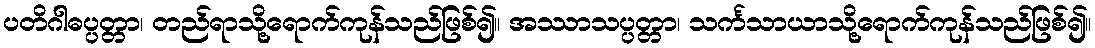
ပတိဂါဓပ္ပတ္တာ၊ တည်ရာသို့ရောက်ကုန်သည်ဖြစ်၍။ အဿာသပ္ပတ္တာ၊ သင်္ကသာယာသို့ရောက်ကုန်သည်ဖြစ်၍။